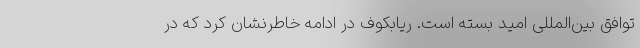
توافق بین‌المللی امید بسته است. ریابکوف در ادامه خاطرنشان کرد که در